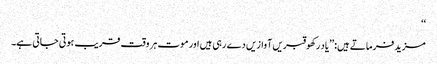
‘‘
مزید فرماتے ہیں:’’یاد رکھو قبریں آوازیں دے رہی ہیں اور موت ہر وقت قریب ہوتی جاتی ہے۔